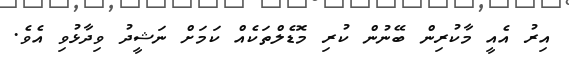
އިރު އެއީ މާކުރިން ބޭނުން ކުރި މޮޑެލްތަކެއް ކަމަށް ނަޝީދު ވިދާޅުވި އެވެ.